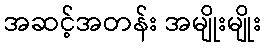
အဆင့်အတန်း အမျိုးမျိုး